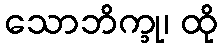
သောဘိက္ခု၊ ထို